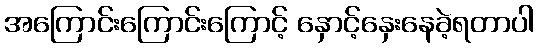
အကြောင်းကြောင်းကြောင့် နှောင့်နှေးနေခဲ့ရတာပါ